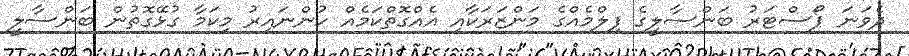
ދެވަނަ ޕޯސްޓަރު ބަންސާލީގެ ފިލްމެއްގެ މަންޒަރަކާއި އެއްގޮތްކަމެއް ހުންނައިރު މިކަމާ ގުޅޭގޮތުން ބަންސާލީ